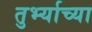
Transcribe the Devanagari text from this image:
तुर्भ्याच्या